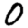
Digit: 0